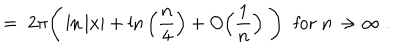
= \; 2 \pi \Bigg ( \ln | x | + \ln \Big ( \frac { n } { 4 } \Big ) + O \Big ( \frac { 1 } { n } \Big ) \; \Bigg ) \; \; \mathrm { f o r } \; n \rightarrow \infty \; .